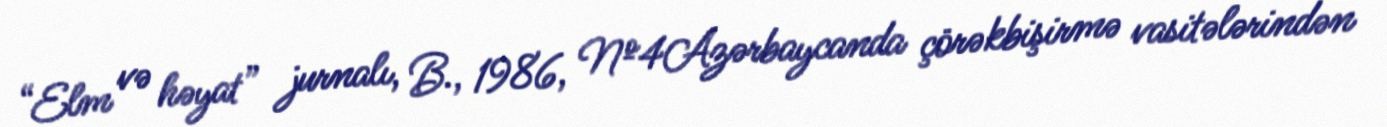
“Elm və həyat” jurnalı, B., 1986, №4Azərbaycanda çörəkbişirmə vasitələrindən